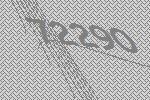
72290